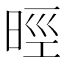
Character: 𣇁